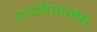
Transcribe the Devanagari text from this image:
दाजीसाहेब